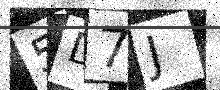
Text: 5D7J